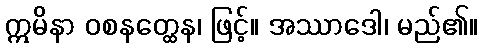
ဣမိနာ ဝစနတ္ထေန၊ ဖြင့်။ အဿာဒေါ၊ မည်၏။